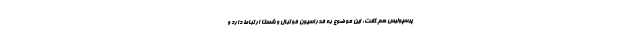
پرسپولیس هم گفت: این موضوع به فدراسیون فوتبال و شستا ارتباط دارد و